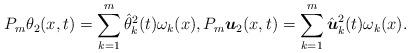
LaTeX: \begin{align*}P_m\theta_2(x,t) = \sum_{k=1}^{m} \hat{\theta}_{k}^2(t) \omega_k(x), P_m\boldsymbol u_2(x,t) = \sum_{k=1}^{m} \hat{\boldsymbol u}_{k}^2(t) \omega_k(x).\end{align*}